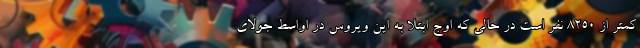
کمتر از 8250 نفر است در حالی که اوج ابتلا به این ویروس در اواسط جولای